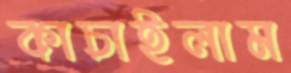
কাচাইলাম